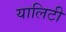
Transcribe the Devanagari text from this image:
यालिटी